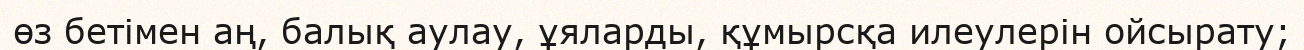
өз бетiмен аң, балық аулау, ұяларды, құмырсқа илеулерiн ойсырату;